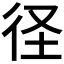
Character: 𮱻